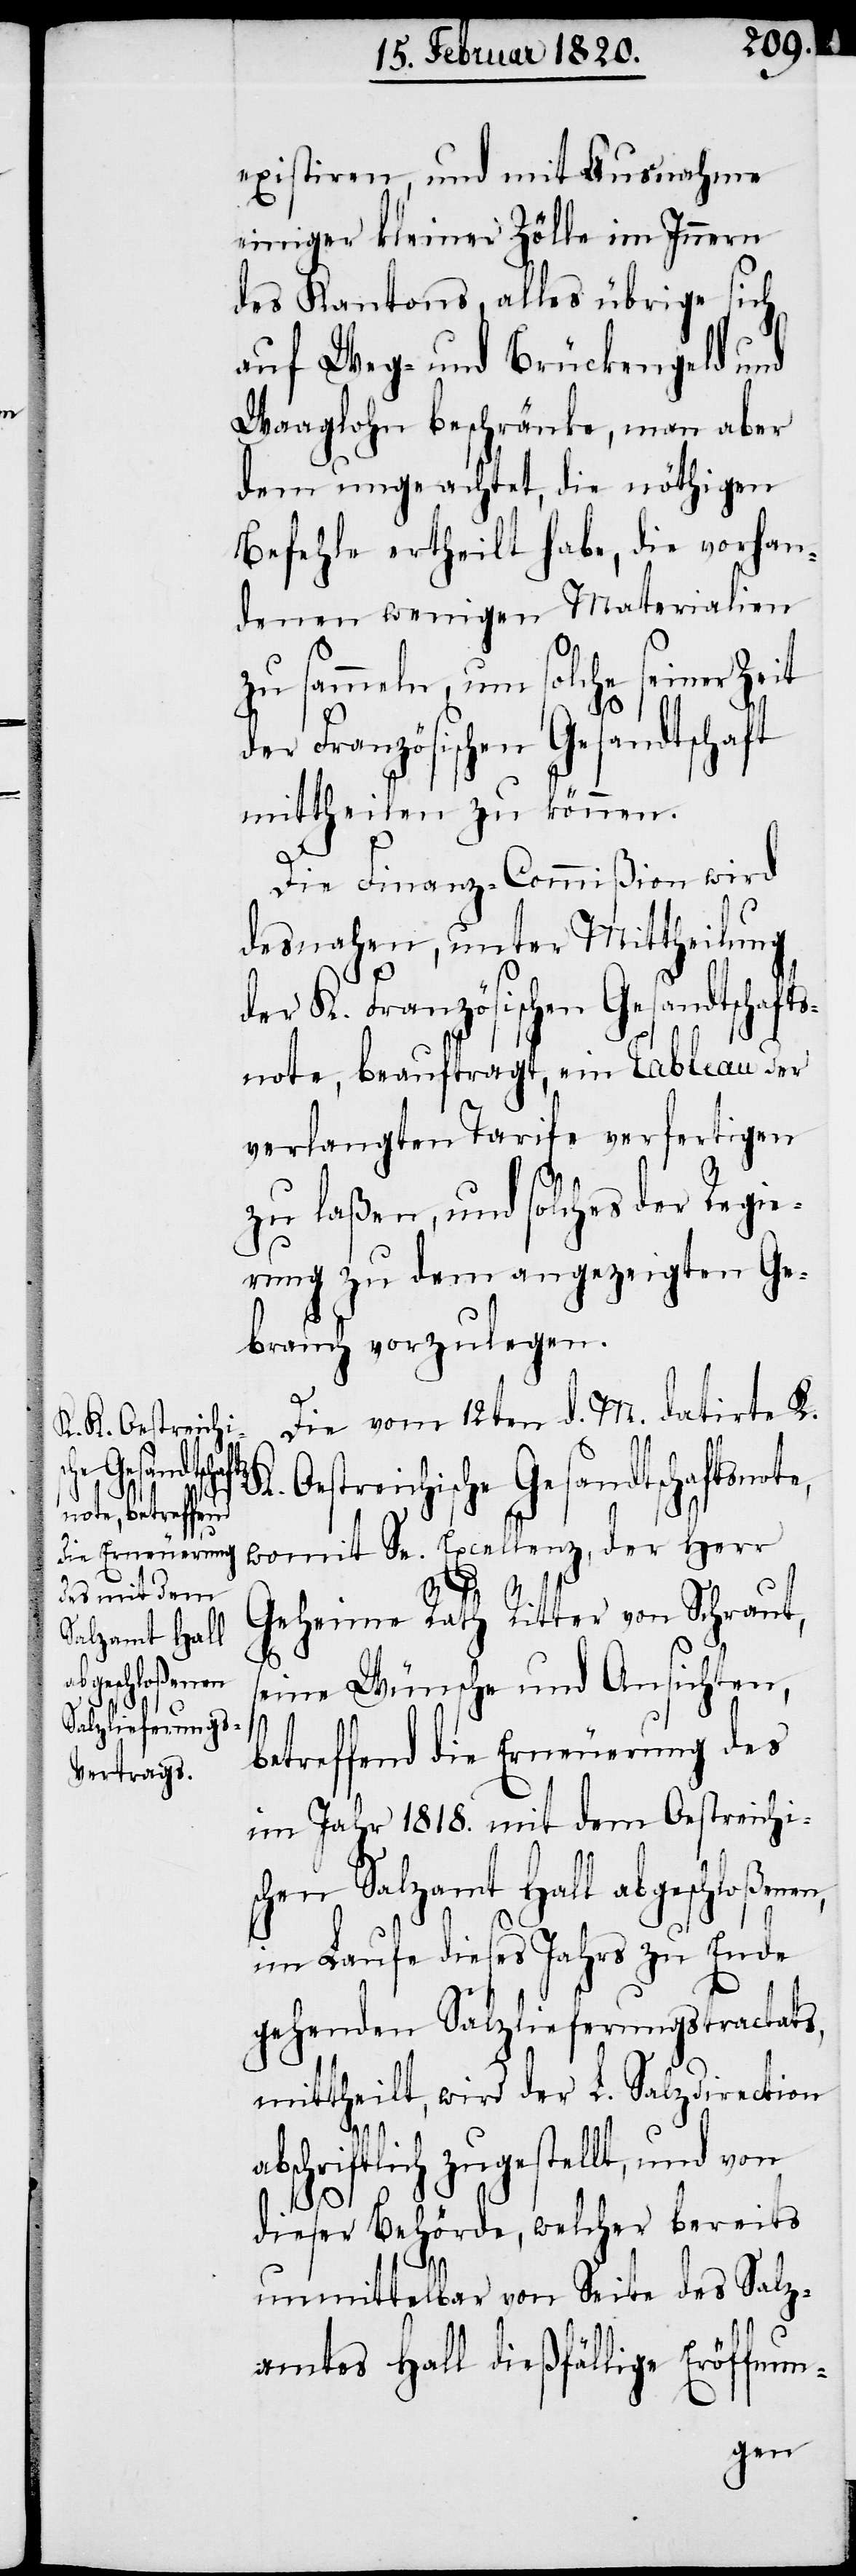
existiren, und mit Ausnahme
einiger kleiner Zölle im Innern
des Kantons, alles übrige sich
auf Weg- und Brückengeld und
Waaglohn beschränke, man aber
dem ungeachtet, die nöthigen
Befehle ertheilt habe, die vorhan¬
denen wenigen Materialien
zu sammeln, um solche seiner Zeit
der Französischen Gesandtschaft
mittheilen zu können.
Die Finanz-Commißion wird
desnahen, unter Mittheilung
der K. Französischen Gesandtschaft¬
snote, beauftragt, ein Tableau der
verlangten Tarife verfertigen
zu laßen, und solches der Regie¬
rung zu dem angezeigten Ge¬
brauch vorzulegen.
Die vom 12ten d. M. datirte K.
streichische Gesandtschaftsnot¬
e,
womit Se. Excellenz, der Herr
Geheime Rath Ritter von Schraut,
eine Wünsche und Ansichten,
betreffend die Erneuerung des
im Jahr 1818. mit dem Oestreichis¬
chen Salzamt Hall abgeschloßenen,
im Laufe dieses Jahres zu Ende
gehenden Salzlieferungstractats,
mittheilt, wird der L. Salzdirection
s¬
abschriftlich zugestellt, und von
dieser Behörde, welcher bereits
unmittelbar von Seite des Salz¬
amtes Hall dießfällige Eröffnun-